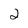
Character: 2